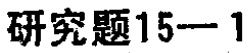
研究题15—1